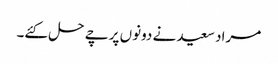
مراد سعید نے دونوں پرچے حل کئے۔